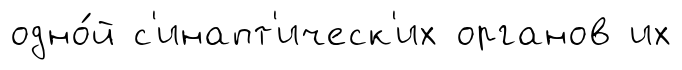
одно́й с'инапт'ическ'их органов их